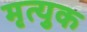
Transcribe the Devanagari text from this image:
मृत्युक